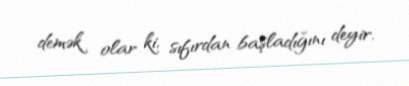
demək olar ki, sıfırdan başladığını deyir.